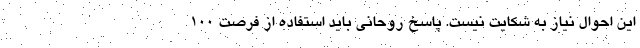
این احوال نیاز به شکایت نیست. پاسخ روحانی باید استفاده از فرصت 100